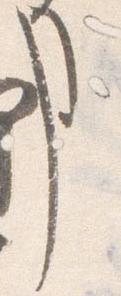
事